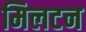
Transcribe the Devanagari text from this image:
मिलटन